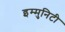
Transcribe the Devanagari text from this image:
इम्मुनिटी